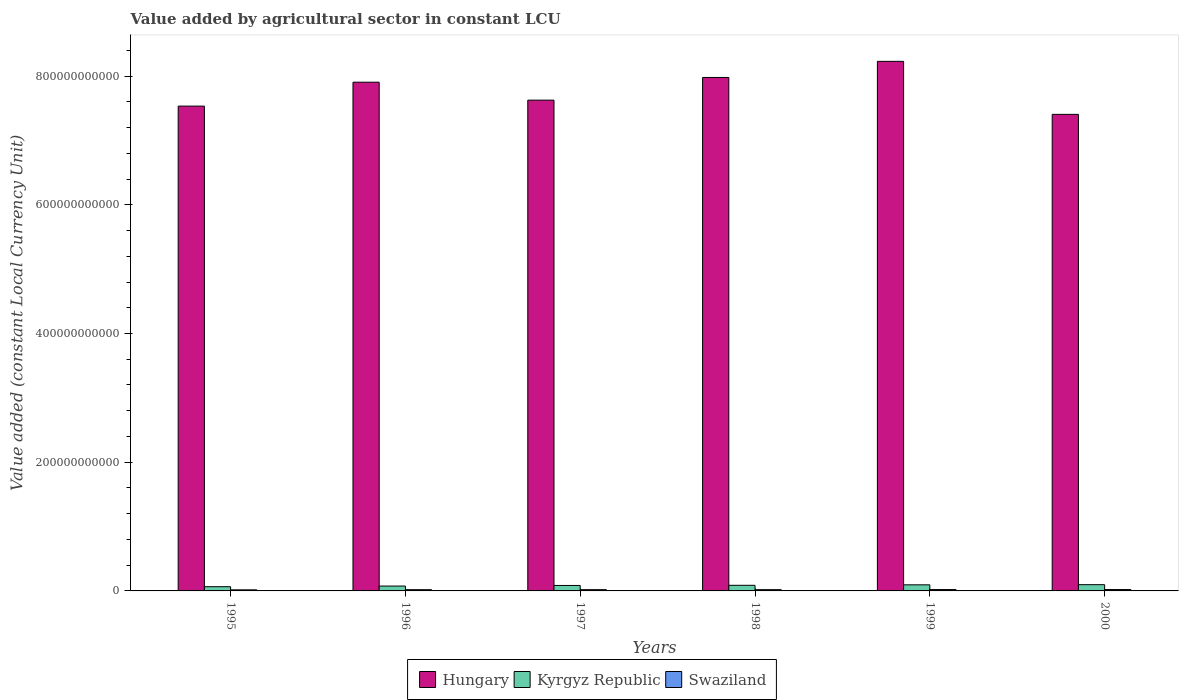
| Years | Hungary | Kyrgyz Republic | Swaziland |
 | --- | --- | --- | --- |
 | 1995 | 7.53e+11 | 6.57e+09 | 1.69e+09 |
 | 1996 | 7.91e+11 | 7.57e+09 | 1.93e+09 |
 | 1997 | 7.63e+11 | 8.49e+09 | 1.96e+09 |
 | 1998 | 7.98e+11 | 8.74e+09 | 1.96e+09 |
 | 1999 | 8.23e+11 | 9.45e+09 | 2.13e+09 |
 | 2000 | 7.41e+11 | 9.71e+09 | 2.15e+09 |